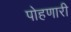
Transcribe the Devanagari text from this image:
पोहणारी